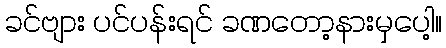
ခင်ဗျား ပင်ပန်းရင် ခဏတော့နားမှပေါ့။